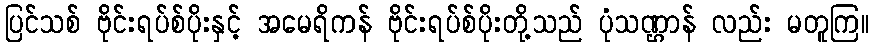
ပြင်သစ် ဗိုင်းရပ်စ်ပိုးနှင့် အမေရိကန် ဗိုင်းရပ်စ်ပိုးတို့သည် ပုံသဏ္ဌာန် လည်း မတူကြ။